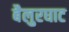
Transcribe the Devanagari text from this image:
बैलुरघाट